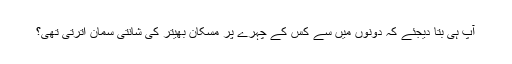
آپ ہی بتا دیجئے کہ دونوں میں سے کس کے چہرے پر مسکان بھیتر کی شانتی سمان اترتی تھی؟